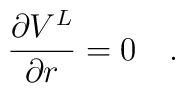
{\partial V^L \over \partial r}=0~~~.